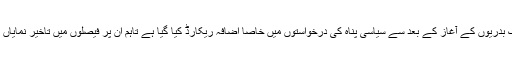
ملک بدريوں کے آغاز کے بعد سے سياسی پناہ کی درخواستوں ميں خاصا اضافہ ريکارڈ کيا گيا ہے تاہم ان پر فيصلوں ميں تاخير نماياں ہے۔